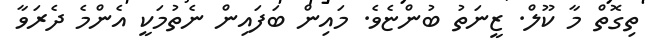
ތިގޮތް މާ ކޫލް. ޒީނަތު ބުންޏެވެ. މައިން ބަފައިން ނެތުމަކީ އެންމެ ދެރަވާ